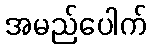
အမည်ပေါက်